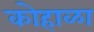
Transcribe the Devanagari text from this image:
कोहाळा